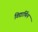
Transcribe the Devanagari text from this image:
विद्यार्थिन